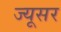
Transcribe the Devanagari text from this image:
ज्यूसर